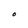
Character: O